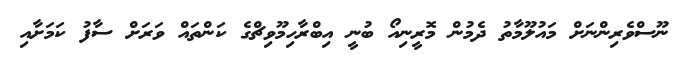
ނޫސްވެރިންނަށް މައުލޫމާތު ދެމުން މޮރީނިއޯ ބުނީ އިބްރާހިމޫވިޗްގެ ކަންތައް ވަރަށް ސާފު ކަމަށާއި